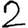
Digit: 2